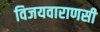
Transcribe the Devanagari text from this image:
विजयवाराणसी